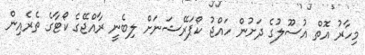
މިހާރު އޮތް އުސޫލުގެ ދަށުން ހައްޖު ކޯޕަރޭޝަނަށް ލިބެނީ ރާއްޖޭގެ ކޯޓާގެ ތެރެއިން